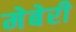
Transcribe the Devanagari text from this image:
मेबेरी